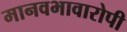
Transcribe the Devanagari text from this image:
मानवभावारोपी